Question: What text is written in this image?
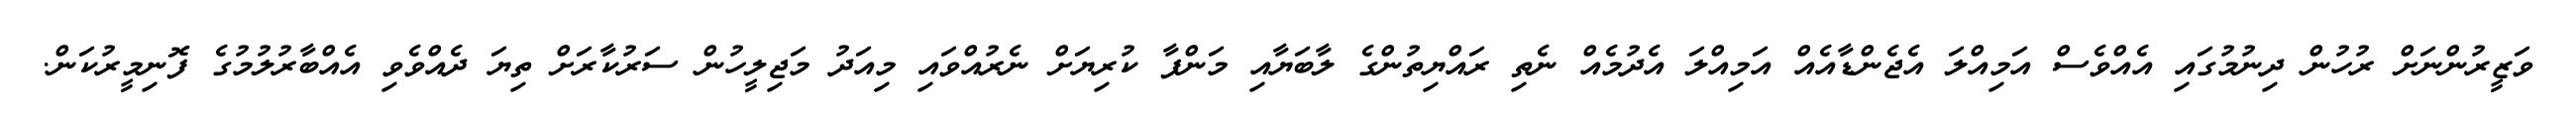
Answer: ވަޒީރުންނަށް ރުހުން ދިނުމުގައި އެއްވެސް އަމިއްލަ އެޖެންޑާއެއް އަމިއްލަ އެދުމެއް ނެތި ރައްޔިތުންގެ ލާބަޔާއި މަންފާ ކުރިޔަށް ނެރުއްވައި މިއަދު މަޖިލީހުން ސަރުކާރަށް ތިޔަ ދެއްވެވި އެއްބާރުލުމުގެ ފޮނިމީރުކަން.